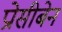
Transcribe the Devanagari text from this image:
प्रोसीबेन